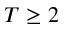
T \geq 2